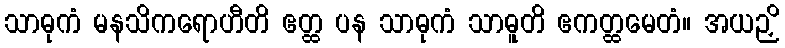
သာဓုကံ မနသိကရောဟီတိ ဧတ္ထ ပန သာဓုကံ သာဓူတိ ဧကတ္ထမေတံ။ အယဉှိ